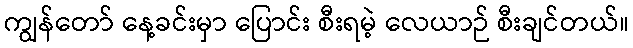
ကျွန်တော် နေ့ခင်းမှာ ပြောင်း စီးရမဲ့ လေယာဉ် စီးချင်တယ်။